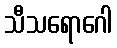
သီသရောဂေါ